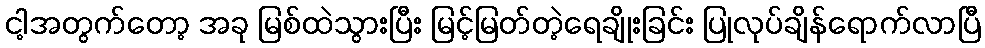
ငါ့အတွက်တော့ အခု မြစ်ထဲသွားပြီး မြင့်မြတ်တဲ့ရေချိုးခြင်း ပြုလုပ်ချိန်ရောက်လာပြီ